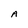
Character: A